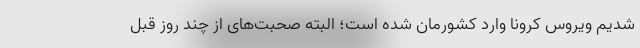
شدیم ویروس کرونا وارد کشورمان شده است؛ البته صحبت‌های از چند روز قبل